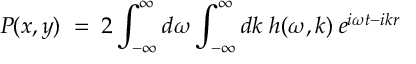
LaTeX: P ( x , y ) \; = \; 2 \int _ { - \infty } ^ { \infty } d \omega \int _ { - \infty } ^ { \infty } d k \; h ( \omega , k ) \: e ^ { i \omega t - i k r }